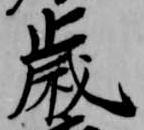
歳